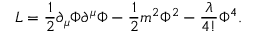
{ \cal L } = \frac { 1 } { 2 } \partial _ { \mu } \Phi \partial ^ { \mu } \Phi - \frac { 1 } { 2 } m ^ { 2 } \Phi ^ { 2 } - \frac { \lambda } { 4 ! } \Phi ^ { 4 } .